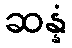
ဆန္နံ